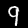
Label: 9